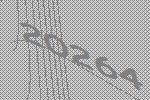
20264